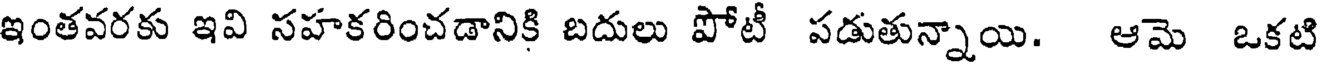
ఇంతవరకు ఇవి సహకరించడానికి బదులు పోటీ పడుతున్నాయి. ఆమె ఒకటి